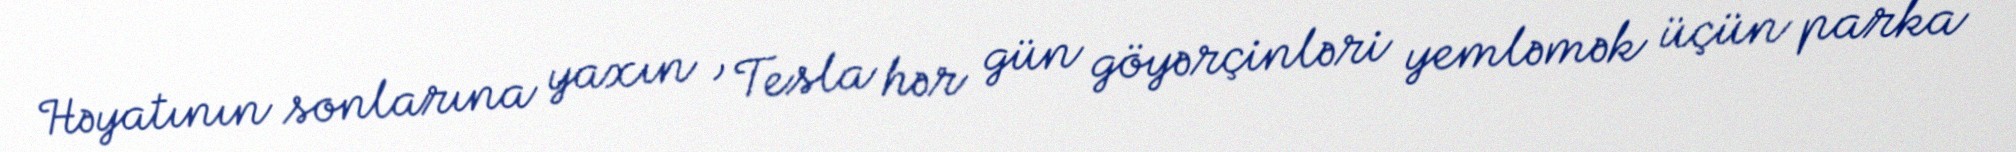
Həyatının sonlarına yaxın , Tesla hər gün göyərçinləri yemləmək üçün parka